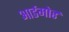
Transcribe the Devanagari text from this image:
आर्डमोर